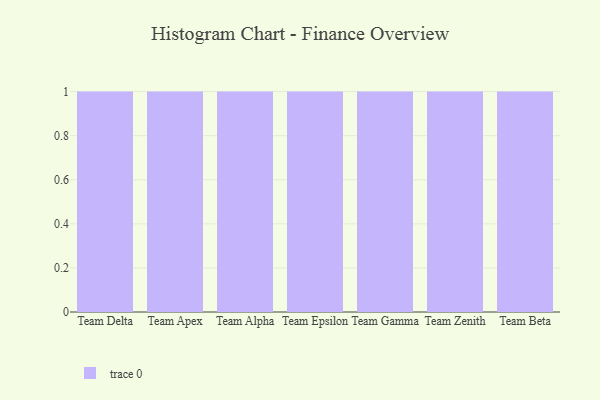
{"axis": {"x": "Team", "y": "Backlog"}, "legend": [""], "data": [{"x": "Team Delta", "y": 64, "type": ""}, {"x": "Team Apex", "y": 68, "type": ""}, {"x": "Team Alpha", "y": 93, "type": ""}, {"x": "Team Epsilon", "y": 81, "type": ""}, {"x": "Team Gamma", "y": 17, "type": ""}, {"x": "Team Zenith", "y": 74, "type": ""}, {"x": "Team Beta", "y": 95, "type": ""}]}